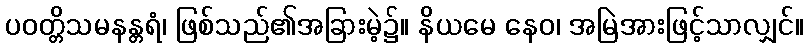
ပဝတ္တိသမနန္တရံ၊ ဖြစ်သည်၏အခြားမဲ့၌။ နိယမေ နေဝ၊ အမြဲအားဖြင့်သာလျှင်။